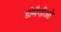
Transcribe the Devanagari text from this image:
डीमैगीओ